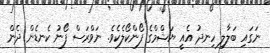
ނަގައި ބަލާލި ހިނދު އެއީ ޔަޝްމްގެ ފޯންކޯލެކެވެ. ނަވްރަސް ފޯނު ކެނޑެން ދެން